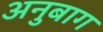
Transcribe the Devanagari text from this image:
अनुबाग